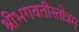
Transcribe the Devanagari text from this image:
श्रीभगवतीस्तोत्रम्